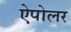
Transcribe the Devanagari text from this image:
ऐपोलर